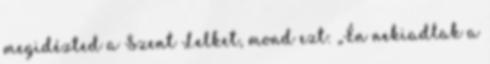
megidézted a Szent Lelket, mond ezt: „Én nekiadlak a